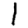
Digit: 1